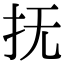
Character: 抚